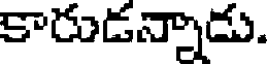
కారుడన్నాడు.